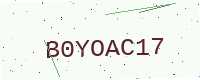
Text: B0YOAC17